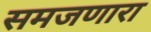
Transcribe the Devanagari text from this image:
समजणारा